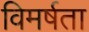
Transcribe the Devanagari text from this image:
विमर्षता